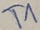
Text: T1